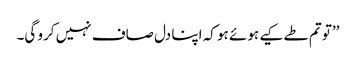
’’تو تم طے کیے ہوئے ہو کہ اپنا دل صاف نہیں کرو گی۔